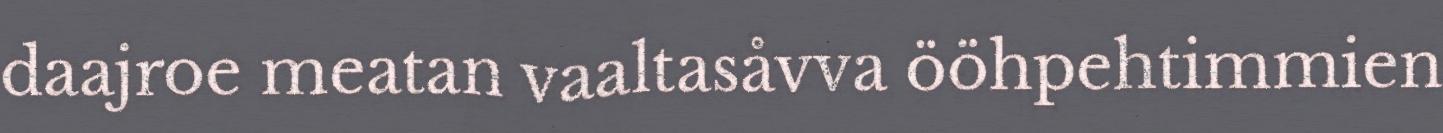
daajroe meatan vaaltasåvva ööhpehtimmien